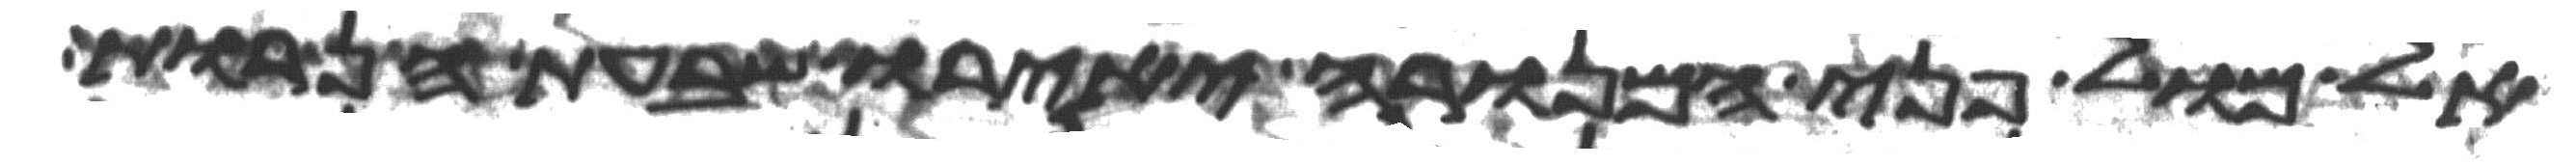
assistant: אל מול פני המנורה יאירו שבעת הנרות